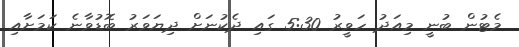
މެޓުން ބުނީ މިއަދު ހަވީރު 5:30 ގައި ދެކުނަށް ދިޔަވަރު ބޮޑުވާނެ ކަމަށާއި